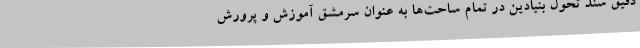
دقیق سند تحول بنیادین در تمام ساحت‌ها به عنوان سرمشق آموزش و پرورش